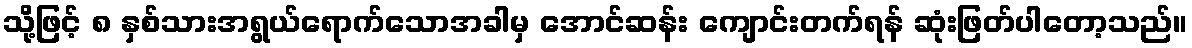
သို့ဖြင့် ၈ နှစ်သားအရွယ်ရောက်သောအခါမှ အောင်ဆန်း ကျောင်းတက်ရန် ဆုံးဖြတ်ပါတော့သည်။